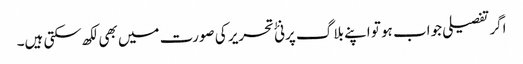
اگرتفصیلی جواب ہو تو اپنے بلاگ پر نئٰ تحریر کی صورت میں بھی لکھ سکتی ہیں۔